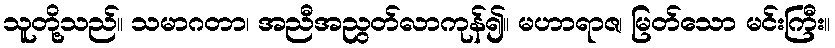
သူတို့သည်။ သမာဂတာ၊ အညီအညွတ်လာကုန်၍။ မဟာရာဇ၊ မြတ်သော မင်းကြီး။